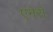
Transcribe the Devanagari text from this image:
एनेरो